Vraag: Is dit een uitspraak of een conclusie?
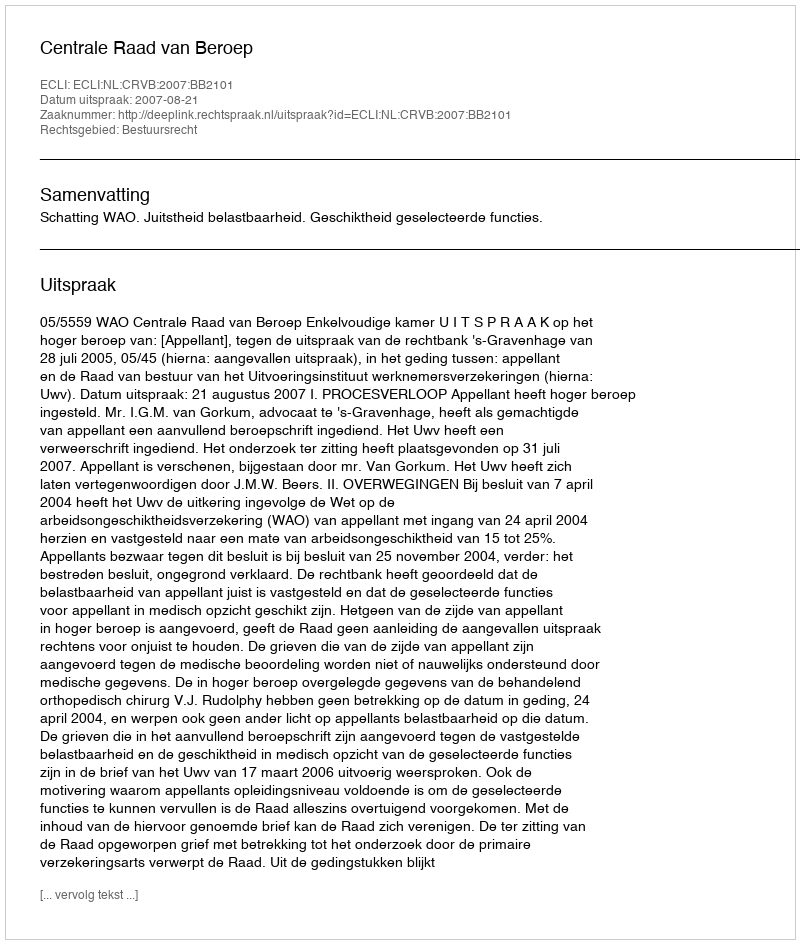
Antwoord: Uitspraak